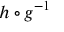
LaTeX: h \circ g ^ { - 1 }